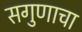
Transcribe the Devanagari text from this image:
सगुणाचा